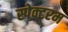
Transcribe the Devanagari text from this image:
स्पेक्टरम